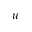
u